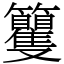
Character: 籰